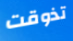
تذوقت